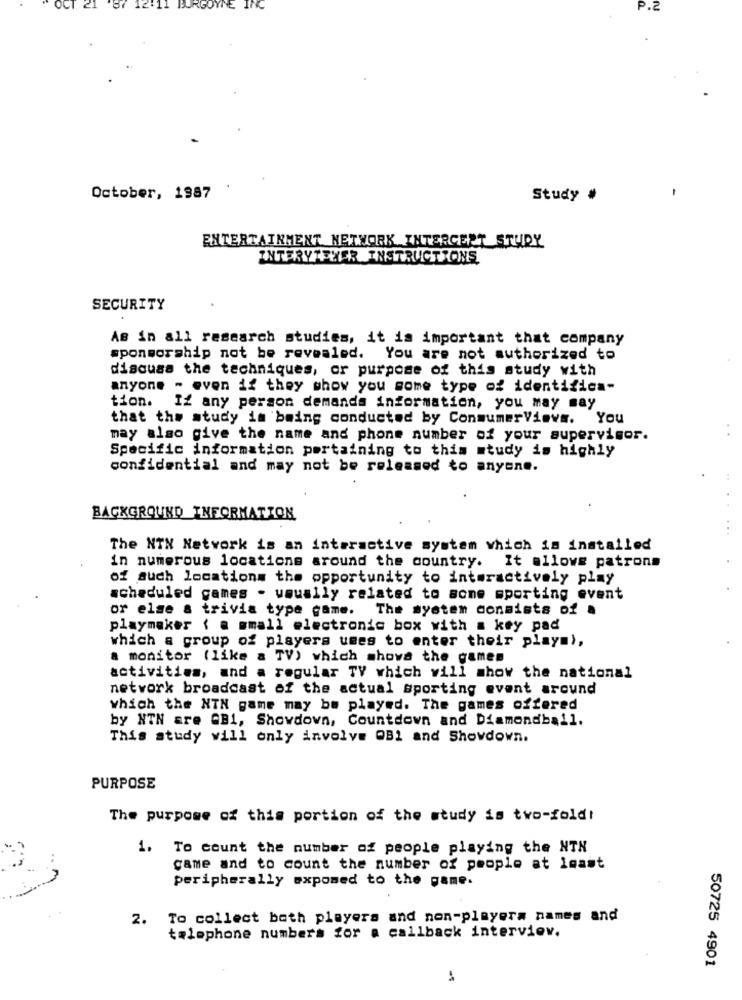
BURGOYNE INC
P.2
October, 1987
Study #
ENTERTAINMENT NETWORK INTERGERT STUDY
INTERYTELER INSTRUCTIONS
SECURITY
As in all research studies, it is important that company
sponsorship not be revealed. You are not authorized to
discuss the techniques, or purpose of this study with
anyone - even if they show you some type of identifica-
tion.
If any person demands information, you may may
that the study in being conducted by ConsumerVievs. You
may also give the name and phone number of your supervisor.
Specific information pertaining to this study is highly
confidential and may not be released to anyone.
BACKGROUND INFORMATION
The NIN Network is an interactive system which is installed
in numerous locations around the country. It allows patrons
of such locations the opportunity to interactively play
scheduled games - usually related to some sporting event
or else a trivia type game. The system consists of a
playmaker { a small electronic box with a key pad
which a group of players uses to enter their playm),
a monitor (like a TV) which shows the games
activities, and a regular TY which will show the national
network broadcast of the actual sporting event around
which the NTN game may be played. The games offered
by NTN are GB1, Showdown, Countdown and Diamondball.
This study will only involve QB1 and Showdown.
PURPOSE
The purpose of this portion of the study is two-fold!
1. To count the number of people playing the NTN
game and to count the number of people at imast
peripherally expomed to the game.
2. To collect both players and non-playera names and
telephone numbers for a callback interview.
50725 4901